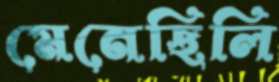
মেনেছিলি